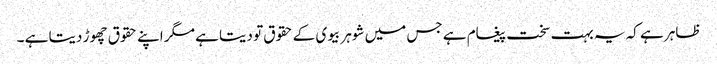
ظاہر ہے کہ یہ بہت سخت پیغام ہے جس میں شوہر بیوی کے حقوق تو دیتا ہے مگر اپنے حقوق چھوڑ دیتا ہے ۔